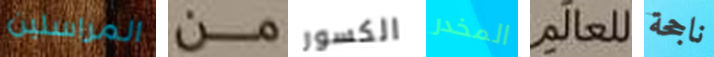
المراسلين من الكسور المخدر للعالم ناجحة